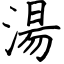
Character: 湯